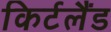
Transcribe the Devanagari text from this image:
किर्टलैंड